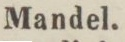
Mandel.